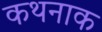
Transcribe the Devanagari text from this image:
कथनाक